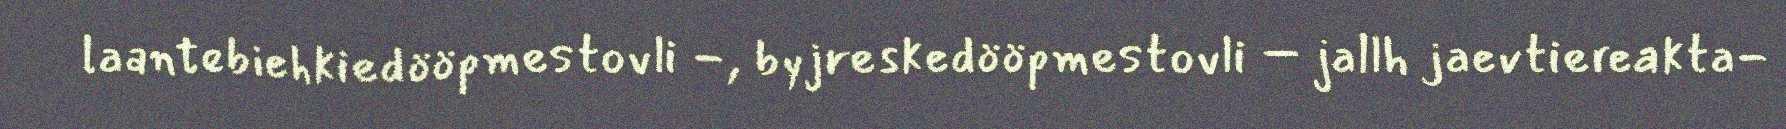
laantebiehkiedööpmestovli -, byjreskedööpmestovli – jallh jaevtiereakta-